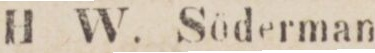
112    H W. Söderman.